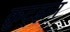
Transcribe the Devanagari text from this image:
क्रुट्झन